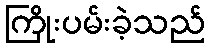
ကြိုးပမ်းခဲ့သည်